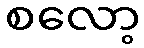
စလော့